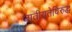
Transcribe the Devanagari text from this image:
जातीयतेविरुद्ध